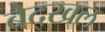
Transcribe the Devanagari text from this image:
बेद्खल